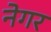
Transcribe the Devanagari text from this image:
नेगर